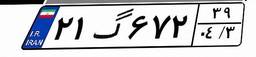
۲۱گ۶۷۲۳۹